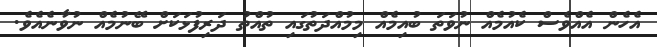
އެހެން އެއްވެސް ކެއުމެއް ނުވަތަ ބުއިމެއް މިމުއްދަތުގައި ތުއްތު ދަރިފުޅަކަށް ބޭނުމެއް ނުވާނެއެވެ.